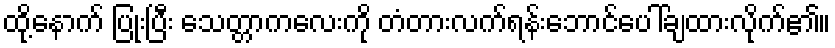
ထို့နောက် ပြုံးပြီး သေတ္တာကလေးကို တံတားလက်ရန်းဘောင်ပေါ်ချထားလိုက်၏။